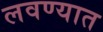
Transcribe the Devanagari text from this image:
लवण्यात